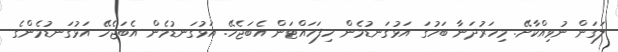
ލަގަން ނުވިއްކާށޭ. މިހަރުދަނާ ބަހުގަ އަޅުގަނޑުމެން ހިފަހައްޓަން އެބަޖެހޭ. އަޅުގަނޑުމެން އެބަޖެހޭ އަޅުގަނޑުމެންގެ